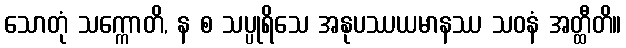
သောတုံ သက္ကောတိ, န စ သပ္ပုရိသေ အနုပဿယမာနဿ သဝနံ အတ္ထီတိ။